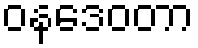
ဝနဒေဝတာ